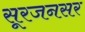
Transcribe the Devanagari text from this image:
सूरजनसर